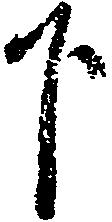
下